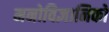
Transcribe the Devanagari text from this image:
मनोविज्ञानिको